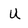
Character: U